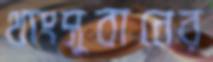
থাংসুবানের